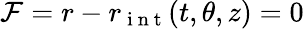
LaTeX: \mathcal{F}=r-r_{\mathrm{~i~n~t~}}(t,\theta,z)=0